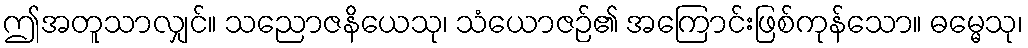
ဤအတူသာလျှင်။ သညောဇနိယေသု၊ သံယောဇဉ်၏ အကြောင်းဖြစ်ကုန်သော။ ဓမ္မေသု၊